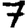
Digit: 7